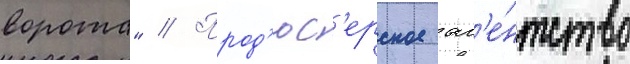
ворота" // Прод'юс'ерское аг'е́нтство